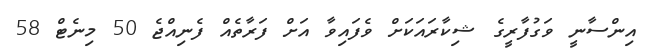
އިންސާނީ ވަގުފާރީގެ ޝިކާރައަކަށް ވެފައިވާ އަށް ފަރާތެއް ފެނިއްޖެ 50 މިނެޓް 58